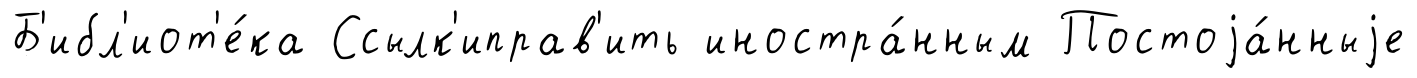
Б'ибл'иот'е́ка Ссылк'иправ'ить иностра́нным Постоjа́нныjе